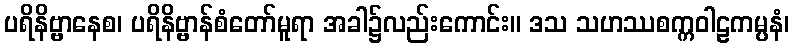
ပရိနိဗ္ဗာနေစ၊ ပရိနိဗ္ဗာန်စံတော်မူရာ အခါ၌လည်းကောင်း။ ဒသ သဟဿစက္ကဝါဠကမ္ပနံ၊